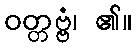
ဝတ္တဗ္ဗံ၊ ၏။